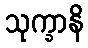
သုက္ခာနိ